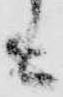
も